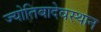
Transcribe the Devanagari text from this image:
ज्योतिबादेवस्थान